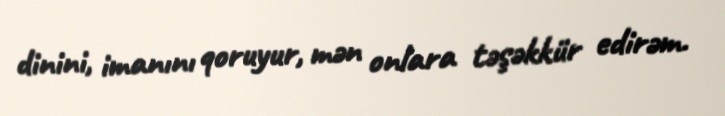
dinini, imanını qoruyur, mən onlara təşəkkür edirəm.